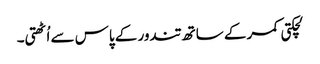
لچکتی کمر کے ساتھ تندور کے پاس سے اُٹھتی۔